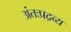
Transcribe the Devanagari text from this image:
अंतःप्रद्रव्य